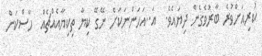
ކުރިއަށްވުރެ ބާރުވެގެން ދިޔައެވެ.  އަ..އަހަންނަކަށް ނޭގޭ ކިޔާ ތިކިޔާއެއްޗެއް  ހާސްކަން